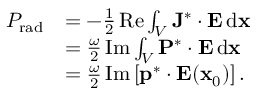
\begin{array} { r l } { P _ { \mathrm { r a d } } } & { = - \frac { 1 } { 2 } \operatorname { R e } \int _ { V } \mathbf { J } ^ { * } \cdot \mathbf { E } \, \mathrm { d } \mathbf { x } } \\ & { = \frac { \omega } { 2 } \operatorname { I m } \int _ { V } \mathbf { P } ^ { * } \cdot \mathbf { E } \, \mathrm { d } \mathbf { x } } \\ & { = \frac { \omega } { 2 } \operatorname { I m } \left[ \mathbf { p } ^ { * } \cdot \mathbf { E } ( \mathbf { x } _ { 0 } ) \right] . } \end{array}